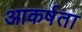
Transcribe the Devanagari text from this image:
आकर्षता